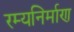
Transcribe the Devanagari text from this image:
रम्यनिर्माण